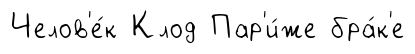
Челов'е́к Клод Пар'и́же бра́к'е